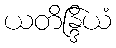
ယတိန္ဒြိယံ